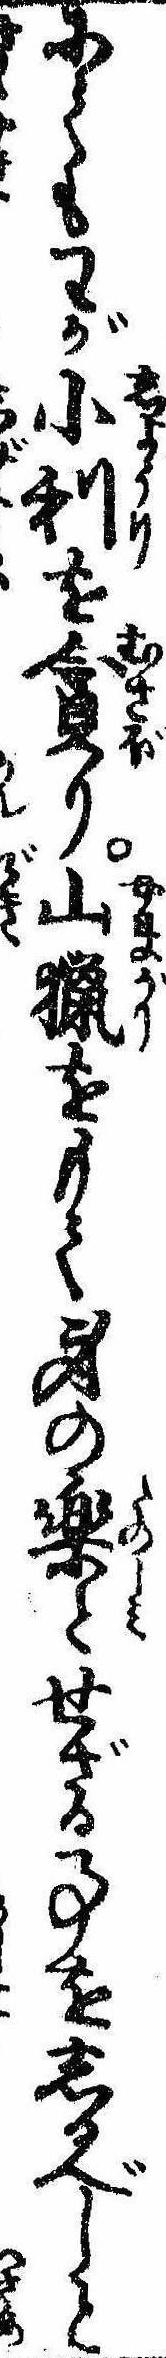
にてもわが小利を貪り山猟をもて身の楽とせざる事をしるべしと